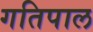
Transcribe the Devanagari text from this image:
गतिपाल